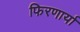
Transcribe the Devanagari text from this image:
फिरणार्या